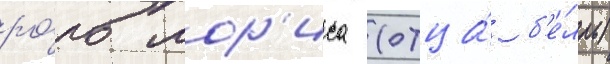
ро́ль мор'иса (отца́ б'е́лль)